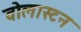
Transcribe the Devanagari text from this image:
वोलास्टन